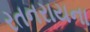
રતનરાયના